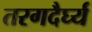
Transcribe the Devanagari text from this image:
तरगदैर्घ्य